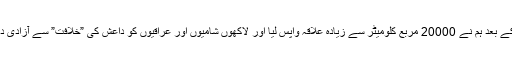
اس کے بعد ہم نے 20000 مربع کلومیٹر سے زیادہ علاقہ واپس لیا اور لاکھوں شامیوں اور عراقیوں کو داعش کی ”خلافت” سے آزادی دلائی۔